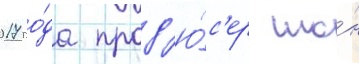
2017 го́да прод'ю́с'ер шо́н